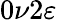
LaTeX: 0\nu 2\varepsilon